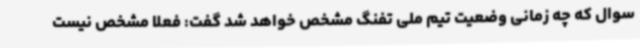
سوال که چه زمانی وضعیت تیم ملی تفنگ مشخص خواهد شد گفت: فعلا مشخص نیست